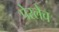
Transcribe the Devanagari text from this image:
पेरलेच